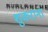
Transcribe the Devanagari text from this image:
शुकराना